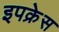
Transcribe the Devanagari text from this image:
इपक्रेस